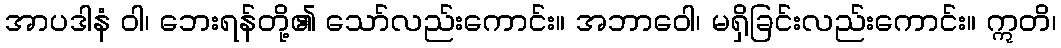
အာပဒါနံ ဝါ၊ ဘေးရန်တို့၏ သော်လည်းကောင်း။ အဘာဝေါ၊ မရှိခြင်းလည်းကောင်း။ ဣတိ၊